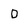
Character: D